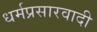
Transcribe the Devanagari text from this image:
धर्मप्रसारवादी